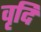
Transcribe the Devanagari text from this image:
वृदि